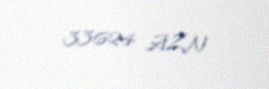
33624 AZN